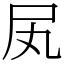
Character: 㞍